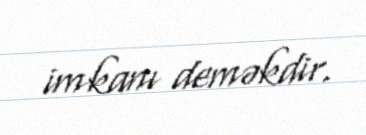
imkanı deməkdir.